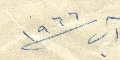
١٩٦٦